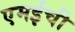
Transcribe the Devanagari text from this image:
एमईची